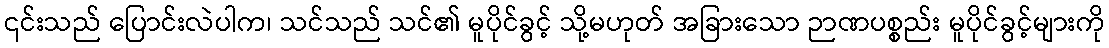
၎င်းသည် ပြောင်းလဲပါက၊ သင်သည် သင်၏ မူပိုင်ခွင့် သို့မဟုတ် အခြားသော ဉာဏပစ္စည်း မူပိုင်ခွင့်များကို